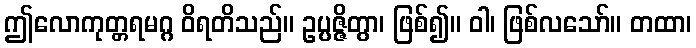
ဤလောကုတ္တရမဂ္ဂ ဝိရတိသည်။ ဥပ္ပဇ္ဇိတွာ၊ ဖြစ်၍။ ဝါ၊ ဖြစ်လသော်။ တထာ၊